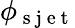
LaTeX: \phi_{\mathrm{~s~j~e~t~}}